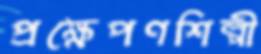
প্রক্ষেপণশিল্পী